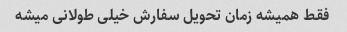
فقط همیشه زمان تحویل سفارش خیلی طولانی میشه